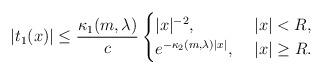
LaTeX: \begin{align*} |t_1(x)| \leq \frac{\kappa_1(m, \lambda)}{c} \begin{cases} |x|^{-2}, &~ |x| < R, \\ e^{-\kappa_2(m, \lambda) |x|}, &~|x| \geq R. \end{cases} \end{align*}